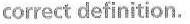
correct definition.